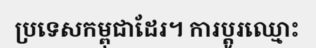
ប្រទេសកម្ពុជាដែរ។ ការប្តូរឈ្មោះ